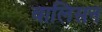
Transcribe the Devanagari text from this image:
वालिसन